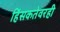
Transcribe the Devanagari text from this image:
हिंसकतेवरही